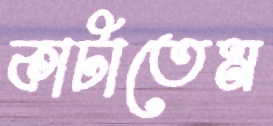
কাটাতেম